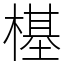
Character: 樭